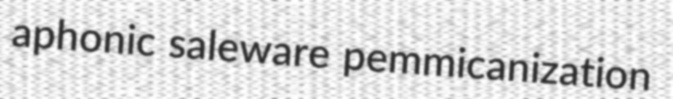
aphonic saleware pemmicanization